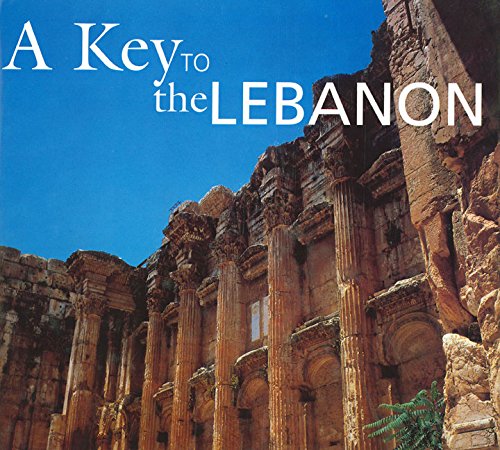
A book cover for A Key to the Lebanon; Salah StÃ©tiÃ©; Travel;